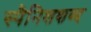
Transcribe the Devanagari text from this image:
स्पैनिशशब्द